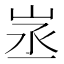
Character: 𡶽